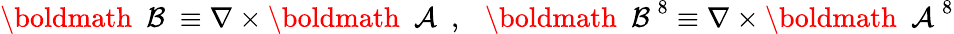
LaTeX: \mathrm{\boldmath~{\cal~B}~}\equiv\nabla\times\mathrm{\boldmath~{\cal~A}~}\ ,~~~\mathrm{\boldmath~{\cal~B}~}^{8}\equiv\nabla\times\mathrm{\boldmath~{\cal~A}~}^{8}